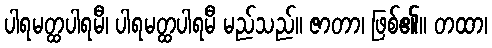
ပါရမတ္ထပါရမီ၊ ပါရမတ္ထပါရမီ မည်သည်။ ဇာတာ၊ ဖြစ်၏။ တထာ၊